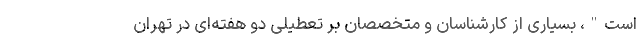
است"، بسیاری از کارشناسان و متخصصان بر تعطیلی دو هفته‌ای در تهران